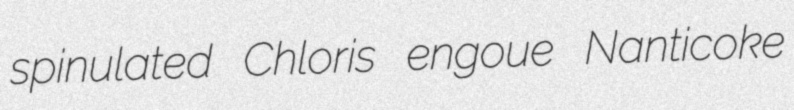
spinulated Chloris engoue Nanticoke